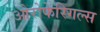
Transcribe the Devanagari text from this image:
ओरोफेरिगल्स